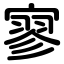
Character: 寥